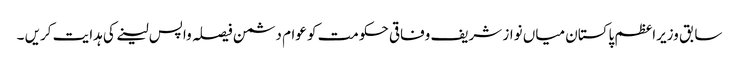
سابق وزیراعظم پاکستان میاں نواز شریف وفاقی حکومت کو عوام دشمن فیصلہ واپس لینے کی ہدایت کریں ۔